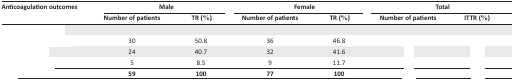
<table><thead><tr><td rowspan="3"><b>Anticoagulation outcomes</b></td><td colspan="2"><b>Male</b></td><td colspan="2"><b>Female</b></td><td colspan="2"><b>Total</b></td></tr><tr><td><b>Number of patients</b></td><td><b>TR (%)</b></td><td><b>Number of patients</b></td><td><b>TR (%)</b></td><td><b>Number of patients</b></td><td><b>ITTR (%)</b></td></tr></thead><tbody><tr><td>[EMPTY_CELL]</td><td>[EMPTY_CELL]</td><td>[EMPTY_CELL]</td><td>[EMPTY_CELL]</td><td>[EMPTY_CELL]</td><td>[EMPTY_CELL]</td><td>[EMPTY_CELL]</td></tr><tr><td>[EMPTY_CELL]</td><td>30</td><td>50.8</td><td>36</td><td>46.8</td><td>[EMPTY_CELL]</td><td>[EMPTY_CELL]</td></tr><tr><td>[EMPTY_CELL]</td><td>24</td><td>40.7</td><td>32</td><td>41.6</td><td>[EMPTY_CELL]</td><td>[EMPTY_CELL]</td></tr><tr><td>[EMPTY_CELL]</td><td>5</td><td>8.5</td><td>9</td><td>11.7</td><td>[EMPTY_CELL]</td><td>[EMPTY_CELL]</td></tr><tr><td>[EMPTY_CELL]</td><td><b>59</b></td><td><b>100</b></td><td><b>77</b></td><td><b>100</b></td><td>[EMPTY_CELL]</td><td>[EMPTY_CELL]</td></tr></tbody></table>